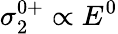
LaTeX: \sigma_{2}^{0+}\propto E^{0}